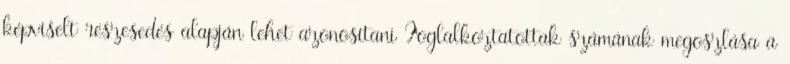
képviselt részesedés alapján lehet azonosítani Foglalkoztatottak számának megoszlása a